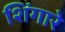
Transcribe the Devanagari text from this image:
शिंगारे